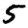
Digit: 5